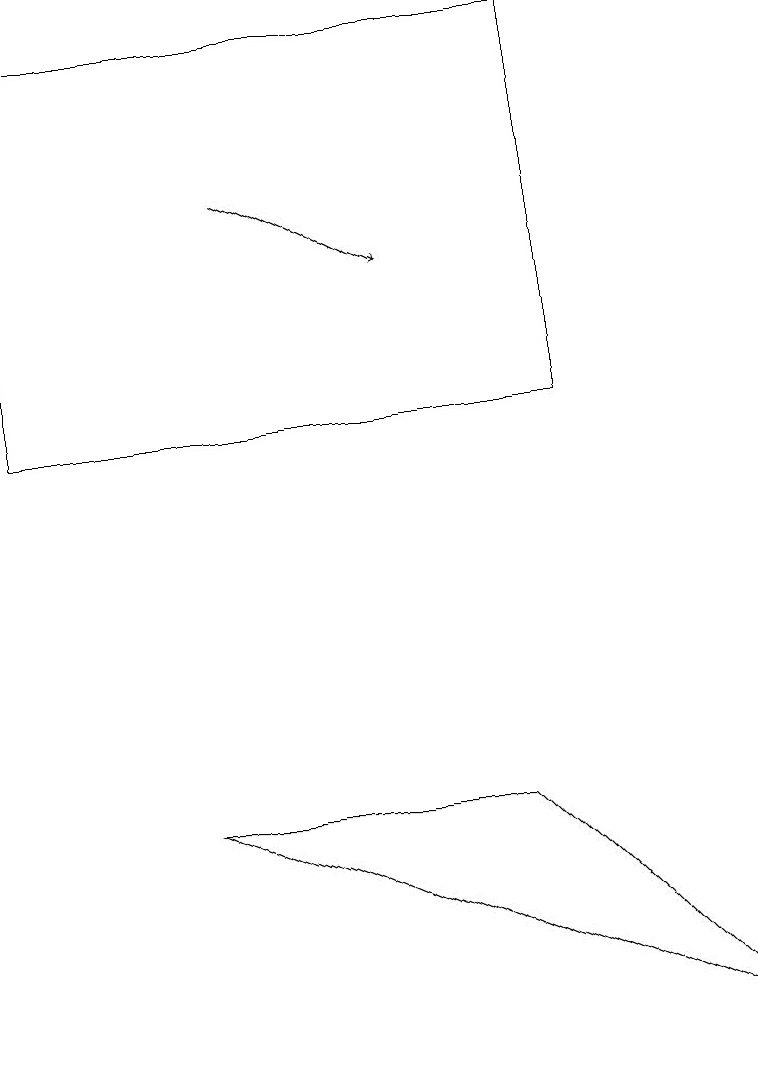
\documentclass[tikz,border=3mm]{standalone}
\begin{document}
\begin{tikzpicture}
\draw (6,8) -- (2,8) -- (9,5) -- cycle;
\draw[->] (3,16) -- (5,15);
\draw (0,13) rectangle (7,18);
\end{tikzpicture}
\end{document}